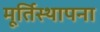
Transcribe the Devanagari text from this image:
मूर्तिस्थापना